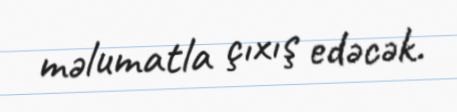
məlumatla çıxış edəcək.